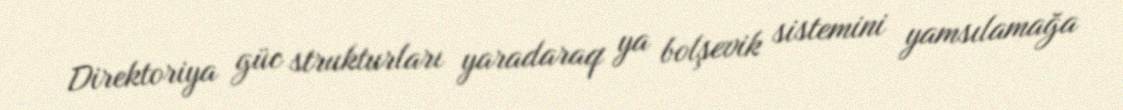
Direktoriya güc strukturları yaradaraq ya bolşevik sistemini yamsılamağa